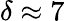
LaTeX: \delta\approx 7